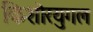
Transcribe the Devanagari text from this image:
किशोरयुगल